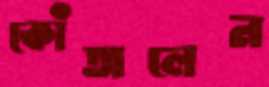
কোঁতালেন